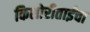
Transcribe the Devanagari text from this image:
किशोरीताईंचा